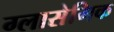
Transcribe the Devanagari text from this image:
ग्लासेमिक